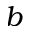
b